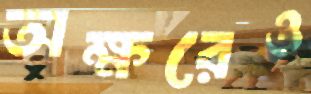
অক্ষরেও